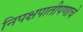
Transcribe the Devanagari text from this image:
निपक्षपातीपणाचे